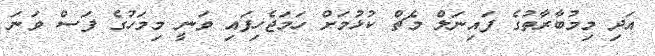
އަދި މިމުބާރާތުގެ ފައިނަލް މެޗް ކުޅުމަށް ހަމަޖެހިފައި ވަނީ މިމަހުގެ ފަސް ވަނަ